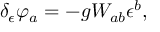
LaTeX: \delta _ { \epsilon } \varphi _ { a } = - g W _ { a b } \epsilon ^ { b } ,